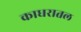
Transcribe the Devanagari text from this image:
काधरातल